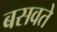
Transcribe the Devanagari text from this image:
बसवते